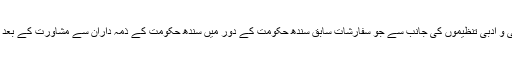
لیکن حیران کن امر یہ ہے کہ اس مجوزہ بل پہ سندھی ادبی سنگت سمیت سندھ بھر کی صحافتی و ادبی تنظیموں کی جانب سے جو سفارشات سابق سندھ حکومت کے دور میں سندھ حکومت کے ذمہ داران سے مشاورت کے بعد پیش کی گئیں تھیں ان کے بغیر ہی مجوزہ قانون کو منظور کرانے کی کوشش کی جارہی تھی۔